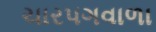
ચારપગવાળા